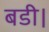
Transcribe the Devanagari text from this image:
बडी।